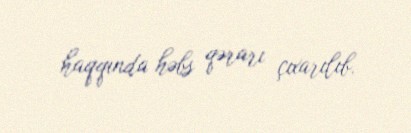
haqqında həbs qərarı çıxarılıb.